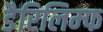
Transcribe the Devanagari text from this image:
डैरिलिम्फ